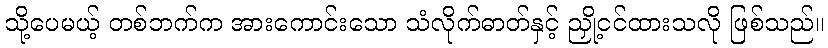
သို့ပေမယ့် တစ်ဘက်က အားကောင်းသော သံလိုက်ဓာတ်နှင့် ညှို့ငင်ထားသလို ဖြစ်သည်။